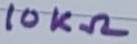
Text: 10KΩ